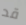
قد